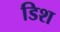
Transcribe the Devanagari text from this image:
डिश